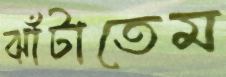
ঝাঁটাতেম